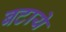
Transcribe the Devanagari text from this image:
बटाये